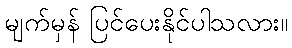
မျက်မှန် ပြင်ပေးနိုင်ပါသလား။